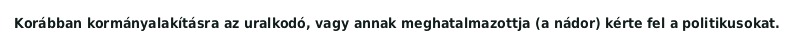
Korábban kormányalakításra az uralkodó, vagy annak meghatalmazottja (a nádor) kérte fel a politikusokat.